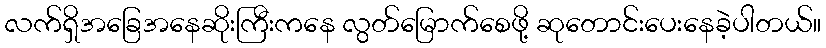
လက်ရှိအခြေအနေဆိုးကြီးကနေ လွတ်မြောက်စေဖို့ ဆုတောင်းပေးနေခဲ့ပါတယ်။